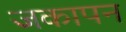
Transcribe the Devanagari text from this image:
जकापन